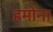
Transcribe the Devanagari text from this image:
हमोंना